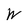
Character: W